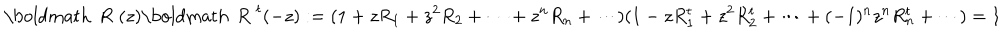
\mathrm { \boldmath ~ R ~ } ( z ) \mathrm { \boldmath ~ R ~ } ^ { t } ( - z ) : = ( 1 + z R _ { 1 } + z ^ { 2 } R _ { 2 } + \cdots + z ^ { n } R _ { n } + \cdots ) ( 1 - z R _ { 1 } ^ { t } + z ^ { 2 } R _ { 2 } ^ { t } + \cdots + ( - 1 ) ^ { n } z ^ { n } R _ { n } ^ { t } + \cdots ) = 1